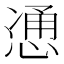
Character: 𫺩